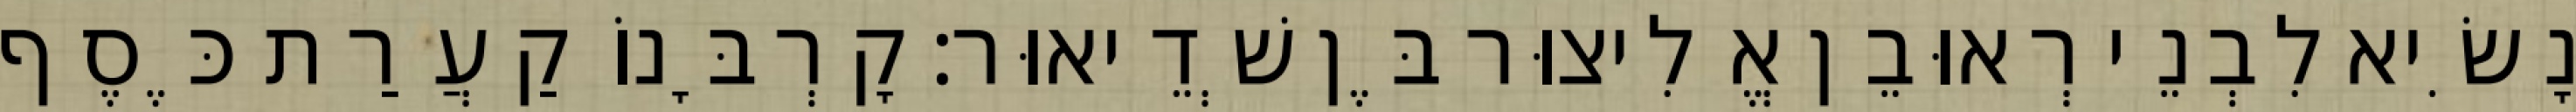
נָשִׂיא לִבְנֵי רְאוּבֵן אֱלִיצוּר בֶּן שְׁדֵיאוּר׃ קָרְבָּנוֹ קַעֲרַת כֶּסֶף